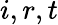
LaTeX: i,r,t